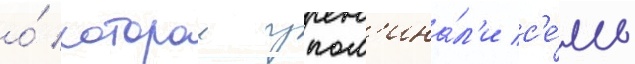
о́ которои упом'ина́л'и с'е́мь